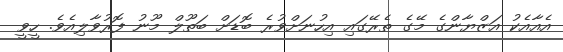
އެއާއެކު އަޒްޔާންގެ މޭގެ ތެރޭގައި އިހުނަށްވުރެ ބޮޑަށް ބަތޫލް މޫނު ފޮރުވާލިއެވެ. ހީވީ